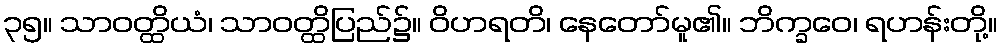
၃၅။ သာဝတ္ထိယံ၊ သာဝတ္ထိပြည်၌။ ဝိဟရတိ၊ နေတော်မူ၏။ ဘိက္ခဝေ၊ ရဟန်းတို့။